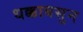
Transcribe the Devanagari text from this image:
धक्काबसुन